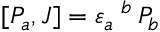
[ P _ { a } , J ] = \varepsilon _ { a } \; ^ { b } \, P _ { b }